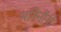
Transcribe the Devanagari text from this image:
भगिनींनो